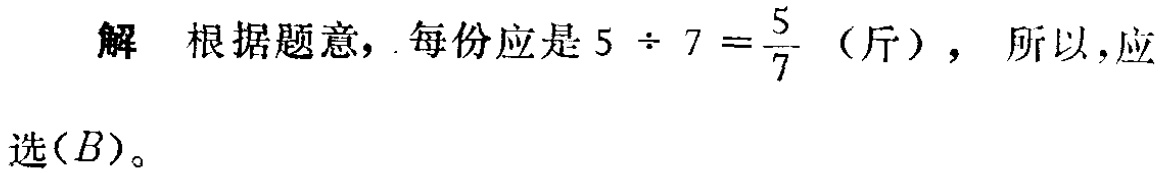
解 根据题意，每份应是\(5 \div 7 = \frac{5}{7}\)（斤）， 所以，应选\((B)\)。